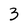
Character: 3